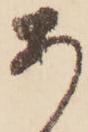
あ